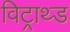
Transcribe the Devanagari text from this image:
विट्राथ्ड